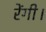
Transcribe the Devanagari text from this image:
रेंगी।